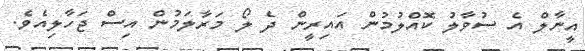
އީނާލް އެ ސުވާލު ކޮއްލުމުން އައިރީން ދެ ލޯ މަރާލަމުން އިސް ޖަހާލިއެވެ.